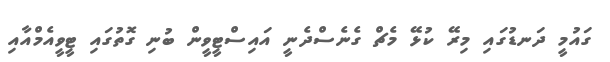
ގައުމީ ދަނޑުގައި މިރޭ ކުޅޭ މެޗް ގެނެސްދެނީ އައިސްޓީވީން ބުނި ގޮތުގައި ޓީވީއެމްއާއި